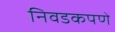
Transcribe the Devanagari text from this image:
निवडकपणे